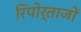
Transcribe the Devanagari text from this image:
रिपोर्ताजों